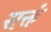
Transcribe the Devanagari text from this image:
सक्तं